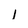
Character: l